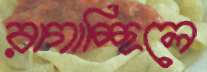
রাগাচ্ছিলে